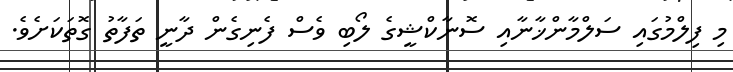
މި ފިލްމުގައި ސަލްމާންޚާނާއި ސޮނާކްޝީގެ ލޯބި ވެސް ފެނިގެން ދާނީ ތަފާތު ގޮތަކަށެވެ.